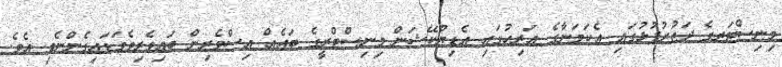
މިނިސްޓަރގެ ދަތުރުފުޅުގައި އެކަމަނާގެ އަރިހުގައި އެޑިޔުކޭޝަން މިނިސްޓްރީގެ ބައެއް އިސްވެރިން ބައިވެރިވެވަޑައިގެންނެވި އެވެ.